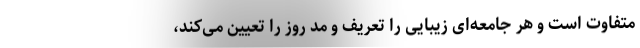
متفاوت است و هر جامعه‌ای زیبایی را تعریف و مد روز را تعیین می‌کند،